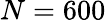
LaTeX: N=600